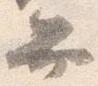
弁